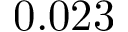
0 . 0 2 3